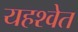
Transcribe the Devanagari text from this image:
यहश्वेत